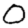
Digit: 0